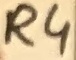
Text: R4